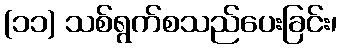
(၁၁) သစ်ရွက်စသည်ပေးခြင်း၊